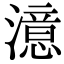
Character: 澺